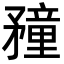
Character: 䂌